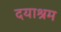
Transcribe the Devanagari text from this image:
दयाश्रम